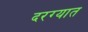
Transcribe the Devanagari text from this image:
दरग्यात